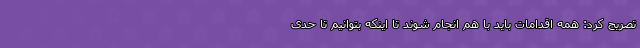
تصریح کرد: همه اقدامات باید با هم انجام شوند تا اینکه بتوانیم تا حدی